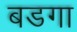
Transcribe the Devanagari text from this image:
बडगा